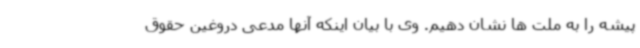
پیشه را به ملت ها نشان دهیم. وی با بیان اینکه آنها مدعی دروغین حقوق